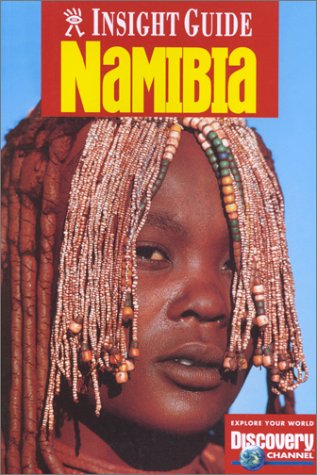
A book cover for Insight Guide Namibia (Insight Guides); Melissa De Villers; Travel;